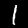
Digit: 1